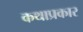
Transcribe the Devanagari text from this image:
कथाप्रकार